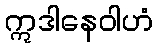
ဣဒါနေဝါဟံ